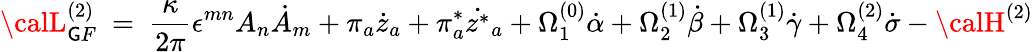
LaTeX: {\calL}_{\mathsf{G}F}^{(2)}~=~\frac{{\kappa}}{{2\pi}}\epsilon^{mn}A_{n}{\dot{{A}}}_{m}+\pi_{a}{\dot{{z}}}_{a}+\pi_{a}^{*}\dot{{z^{*}}}_{a}+\Omega_{1}^{(0)}\dot{{\alpha}}+\Omega_{2}^{(1)}\dot{{\beta}}+\Omega_{3}^{(1)}\dot{{\gamma}}+\Omega_{4}^{(2)}\dot{{\sigma}}-{\calH}^{(2)}